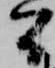
間